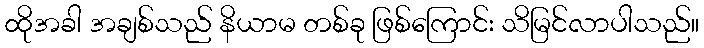
ထိုအခါ အချစ်သည် နိယာမ တစ်ခု ဖြစ်ကြောင်း သိမြင်လာပါသည်။